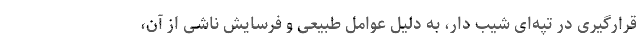
قرارگیری در تپه‌ای شیب دار، به دلیل عوامل طبیعی و فرسایش ناشی از آن،